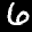
Label: 6